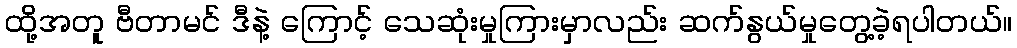
ထို့အတူ ဗီတာမင် ဒီနဲ့ ကြောင့် သေဆုံးမှုကြားမှာလည်း ဆက်နွယ်မှုတွေ့ခဲ့ရပါတယ်။